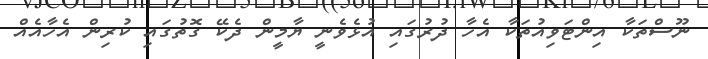
ނޫސްތަކާ އިންޓަވިއުތަކާ އެހާ ދުރުގައި އުޅެވެނީ ޔާމީން ދެކޭ ގޮތުގައި ކުރިން އެހާއެއް